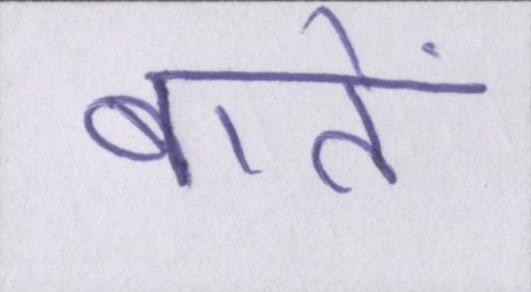
बातें